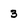
Character: 3